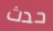
حدث